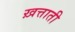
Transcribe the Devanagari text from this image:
ख़त्ताती